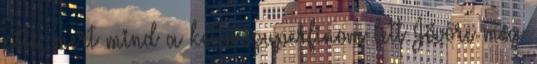
pite, mert mind a kettő szuperfinom lett Jövőre még